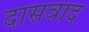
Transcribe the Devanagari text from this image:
दासवाद